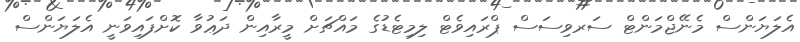
އެލަޔަންސް މެނޭޖްމަންޓް ސަރވިސަސް ޕްރައިވެޓް ލިމިޓެޑުގެ މައްޗަށް މީރާއިން ދަޢުވާ ކޮށްފައިވަނީ އެލަޔަންސް